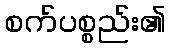
စက်ပစ္စည်း၏